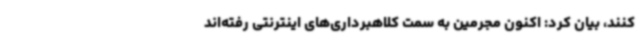
کنند، بیان کرد: اکنون مجرمین به سمت کلاهبرداری‌های اینترنتی رفته‌اند